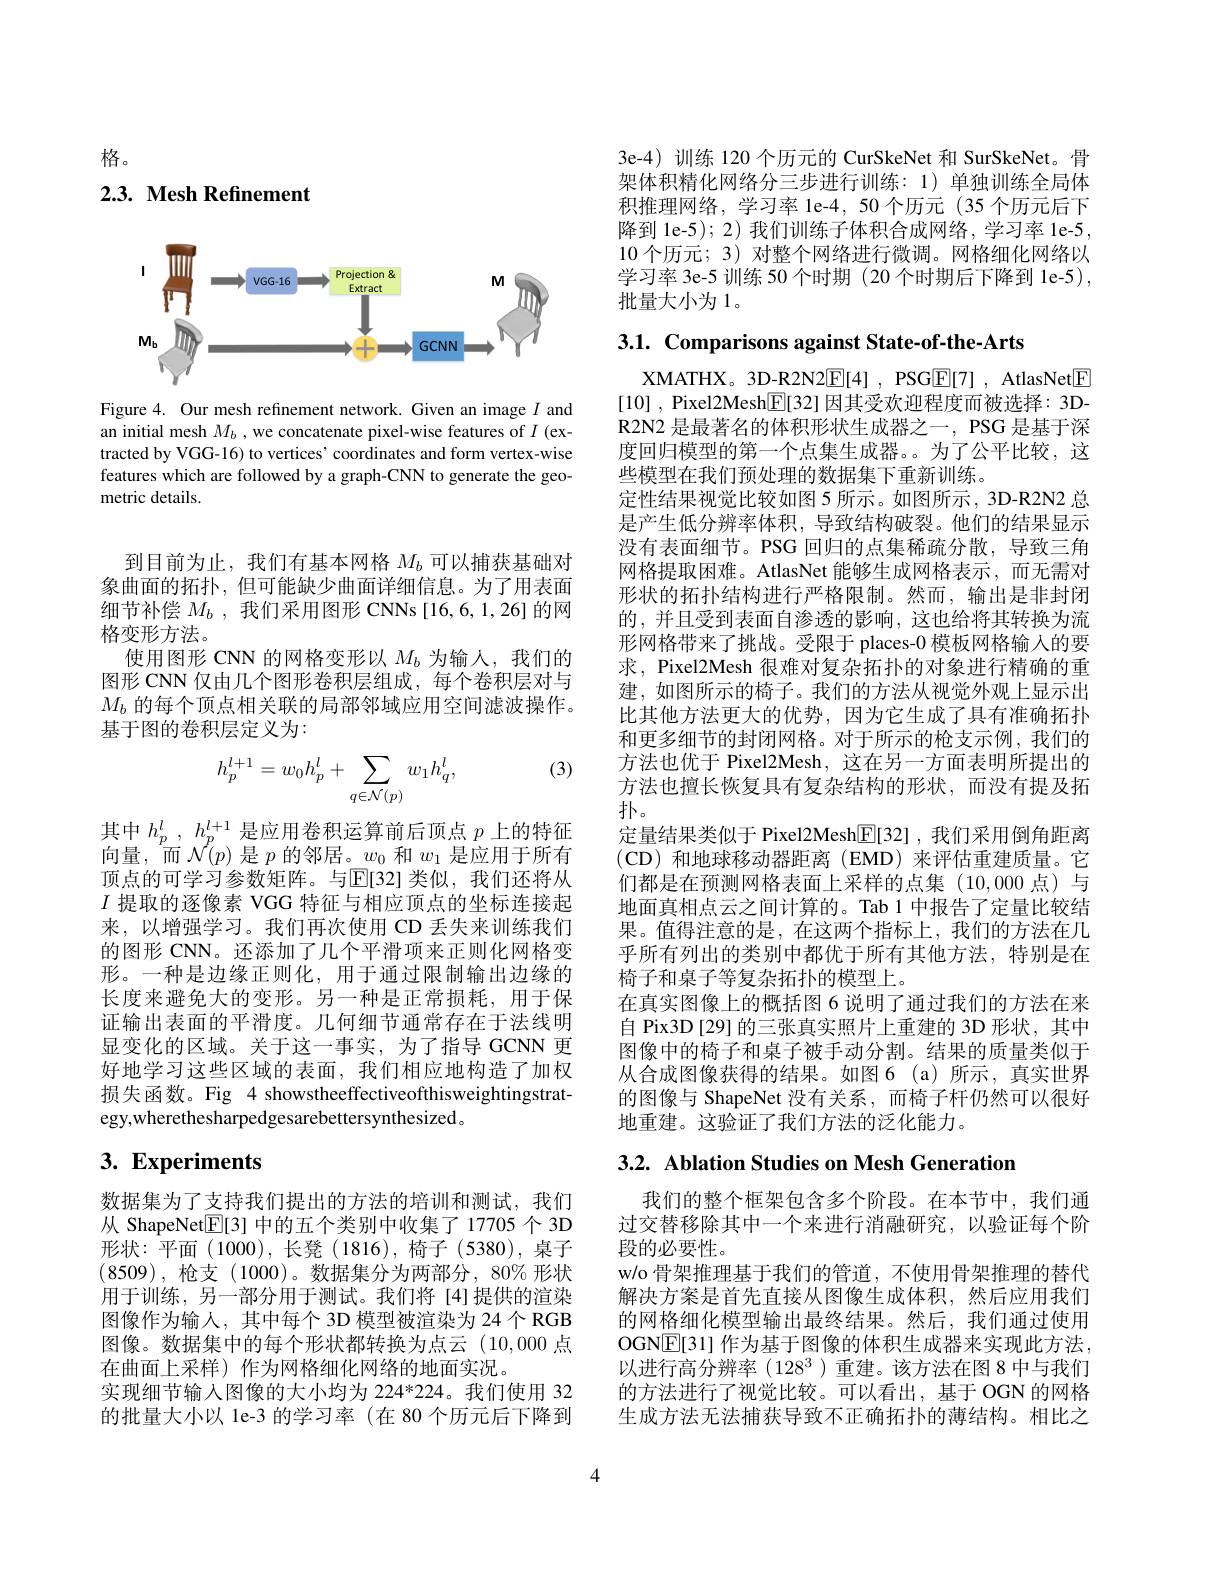
格。

## 2.3. Mesh Refinement

<FigureHere>

Figure 4. Our mesh refinement network. Given an image $I$ and an initial mesh $M_b$ ,we concatenate pixel-wise features of $I$ (extracted by VGG-16) to vertices' coordinates and form vertex-wise features which are followed by a graph-CNN to generate the geometric details.

到目前为止，我们有基本网格$M_b$可以捕获基础对象曲面的拓扑，但可能缺少曲面详细信息。为了用表面细节补偿$M_b$,我们采用图形 CNNs [16,6,1,26]的网格变形方法。
使用图形 CNN 的网格变形以$M_b$为输人，我们的图形 CNN 仅由几个图形卷积层组成，每个卷积层对与$M_b$的每个顶点相关联的局部邻域应用空间滤波操作。基于图的卷积层定义为：

(3)
$$h_p^{l+1}=w_0h_p^l+\sum_{q\in\mathcal{N}(p)}w_1h_q^l,$$
其中$h_p^l$ , $h_p^{l+ 1}$是应用卷积运算前后顶点$p$上的特征向量，而$\mathcal{N}(p)$是$p$的邻居。$w_0$和$w_1$是应用于所有顶点的可学习参数矩阵。与$\operatorname{E}[32]$ 类似，我们还将从$I$提取的逐像素 VGG 特征与相应顶点的坐标连接起来，以增强学习。我们再次使用 CD 丢失来训练我们的图形 CNN。还添加了几个平滑项来正则化网格变形。一种是边缘正则化，用于通过限制输出边缘的长度来避免大的变形。另一种是正常损耗，用于保证输出表面的平滑度。几何细节通常存在于法线明显变化的区域。关于这一事实，为了指导 GCNN 更好地学习这些区域的表面，我们相应地构造了加权损失函数。Fig 4 showstheeffectiveofthisweightingstrategy,wherethesharpedgesarebettersynthesized。

# 3. Experiments

数据集为了支持我们提出的方法的培训和测试，我们从 ShapeNet$\mathbb{E}[3]$中的五个类别中收集了 17705 个 3D 形状：平面(1000),长凳(1816),椅子(5380),桌子(8509),枪支(1000)。数据集分为两部分$,80\%$形状用于训练，另一部分用于测试。我们将[4]提供的渲染图像作为输入，其中每个 3D 模型被渲染为 24 个 RGB 图像。数据集中的每个形状都转换为点云(10,000 点在曲面上采样)作为网格细化网络的地面实况。
实现细节输入图像的大小均为 224*224。我们使用 32的批量大小以 le-3 的学习率 (在 80 个历元后下降到

3e-4)训练 120 个历元的 CurSkeNet 和 SurSkeNet。骨架体积精化网络分三步进行训练：1)单独训练全局体积推理网络，学习率 le-4,50 个历元(35 个历元后下降到 1e-5); 2) 我们训练子体积合成网络，学习率 1e-5, 10 个历元；3) 对整个网络进行微调。网格细化网络以学习率 3e-5 训练 50 个时期 (20 个时期后下降到 1e-5) , 批量大小为1。

3.1. Comparisons against State-of-the-Arts

XMATHX。3D-R2N2E[4], PSGE[7], AtlasNet$\boxed{\mathrm{F}}$ [10] , Pixel2Mesh$\boxed{\mathbb{F}}[32]$因其受欢迎程度而被选择：3DR2N2 是最著名的体积形状生成器之一，PSG 是基于深度回归模型的第一个点集生成器。为了公平比较，这些模型在我们预处理的数据集下重新训练。
定性结果视觉比较如图 5 所示。如图所示，3D-R2N2 总是产生低分辨率体积，导致结构破裂。他们的结果显示没有表面细节。PSG 回归的点集稀疏分散，导致三角网格提取困难。AtlasNet 能够生成网格表示，而无需对形状的拓扑结构进行严格限制。然而，输出是非封闭的 , 并且受到表面自渗透的影响 , 这也给将其转换为流形网格带来了挑战。受限于 places-0 模板网格输入的要求，Pixel2Mesh 很难对复杂拓扑的对象进行精确的重建，如图所示的椅子。我们的方法从视觉外观上显示出比其他方法更大的优势，因为它生成了具有准确拓扑和更多细节的封闭网格。对于所示的枪支示例，我们的方法也优于 Pixel2Mesh, 这在另一方面表明所提出的方法也擅长恢复具有复杂结构的形状，而没有提及拓扑。
定量结果类似于 Pixel2Mesh$\mathbb{E}[32]$,我们采用倒角距离(CD)和地球移动器距离(EMD)来评估重建质量。它们都是在预测网格表面上采样的点集(10,000 点)与地面真相点云之间计算的。Tab 1 中报告了定量比较结果。值得注意的是，在这两个指标上，我们的方法在几乎所有列出的类别中都优于所有其他方法，特别是在椅子和桌子等复杂拓扑的模型上。
在真实图像上的概括图 6 说明了通过我们的方法在来自 Pix3D[29] 的三张真实照片上重建的 3D 形状，其中图像中的椅子和桌子被手动分割。结果的质量类似于从合成图像获得的结果。如图6(a)所示，真实世界的图像与 ShapeNet 没有关系，而椅子杆仍然可以很好地重建。这验证了我们方法的泛化能力。

3.2. Ablation Studies on Mesh Generation

我们的整个框架包含多个阶段。在本节中，我们通过交替移除其中一个来进行消融研究，以验证每个阶段的必要性。
w/o 骨架推理基于我们的管道，不使用骨架推理的替代解决方案是首先直接从图像生成体积，然后应用我们的网格细化模型输出最终结果。然后，我们通过使用OGN$\mathbb{E}[31]$ 作为基于图像的体积生成器来实现此方法， $以进行高分辨率(128^3)重建。该方法在图8 中与我们$ 的方法进行了视觉比较。可以看出，基于 OGN 的网格生成方法无法捕获导致不正确拓扑的薄结构。相比之

4